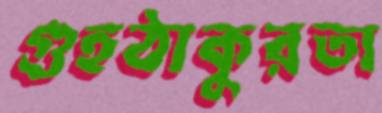
গুহঠাকুরতা